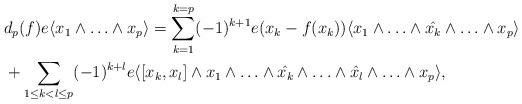
LaTeX: \begin{align*} &d_p(f)e\langle x_1\wedge\ldots\wedge x_p\rangle =\sum_{k=1}^{k=p}(-1)^{k+1}e(x_k-f(x_k))\langle x_1\wedge\ldots \wedge\Hat {x_k}\wedge\ldots \wedge x_p\rangle\\&+\sum_{1\le k<l \le p} (-1)^{k+l} e\langle[x_k,x_l]\wedge x_1\wedge\ldots\wedge \Hat {x_k}\wedge\ldots\wedge \Hat {x_l}\wedge\ldots\wedge x_p\rangle, \\\end{align*}